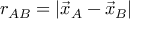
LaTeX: r _ { A B } = | { \vec { x } } _ { A } - { \vec { x } } _ { B } |